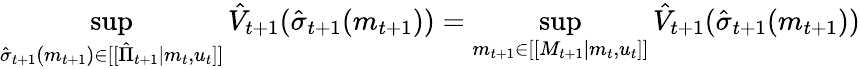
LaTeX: \operatorname*{sup}_{\hat{\sigma}_{t+1}(m_{t+1})\in[[\hat{\Pi}_{t+1}|m_{t},u_{t}]]}\hat{V}_{t+1}(\hat{\sigma}_{t+1}(m_{t+1}))=\operatorname*{sup}_{m_{t+1}\in[[M_{t+1}|m_{t},u_{t}]]}\hat{V}_{t+1}(\hat{\sigma}_{t+1}(m_{t+1}))